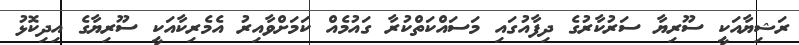
ރަޝިޔާއަކީ ސޫރިޔާ ސަރުކާރުގެ ދިފާއުގައި މަސައްކަތްކުރާ ގައުމެއް ކަމަށްވާއިރު އެމެރިކާއަކީ ސޫރިޔާގެ އިދިކޮޅު